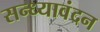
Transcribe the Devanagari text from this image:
सन्ध्यावंदन